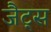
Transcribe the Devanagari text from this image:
जैट्स